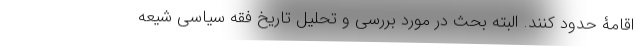
اقامۀ حدود کنند. البته بحث در مورد بررسی و تحلیل تاریخ فقه سیاسی شیعه